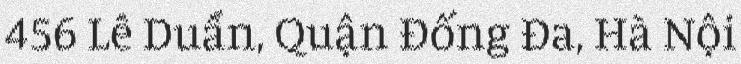
456 Lê Duẩn, Quận Đống Đa, Hà Nội